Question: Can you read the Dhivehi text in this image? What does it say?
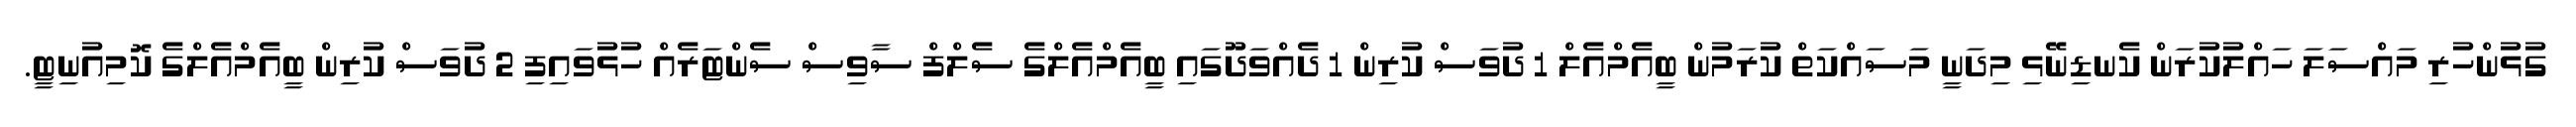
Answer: ގުޅުންހުރި މައްސަލަ ހައްލުކުރަން ކެނޑިނޭޅި މިދަނީ މަސައްކަތް ކުރަމުން ބީއެމްއެލް 1 ދުވަސް ކުރިން 1 ދެއްވަދޫގައި ބީއެމްއެލްގެ ސެލްފް ސާވިސް ސެންޓަރެއް ހުޅުވައިފި 2 ދުވަސް ކުރިން ބީއެމްއެލްގެ ކޮމިއުނިޓީ.